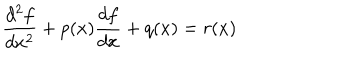
LaTeX: \frac { d ^ { 2 } f } { d x ^ { 2 } } + p ( x ) \frac { d f } { d x } + q ( x ) = r ( x )